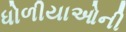
ધોળીયાઓની